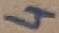
Text: 4